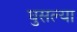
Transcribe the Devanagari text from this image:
घुसल्या